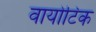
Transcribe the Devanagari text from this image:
वायोटिक